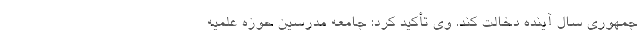
جمهوری سال آینده دخالت کند. وی تأکید کرد: جامعه مدرسین حوزه علمیه